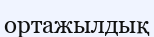
ортажылдық